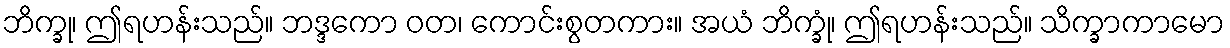
ဘိက္ခု၊ ဤရဟန်းသည်။ ဘဒ္ဒကော ဝတ၊ ကောင်းစွတကား။ အယံ ဘိက္ခုံ၊ ဤရဟန်းသည်။ သိက္ခာကာမော